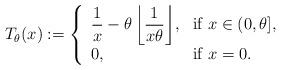
LaTeX: \begin{align*} T_{\theta}(x):=\left\{\begin{array}{ll}{\displaystyle \frac{1}{x} - \theta \left \lfloor \frac{1}{x \theta} \right\rfloor}, &{\displaystyle \mbox{if } x \in (0, \theta],}\\0, & \mbox{if } x=0.\end{array}\right.\end{align*}